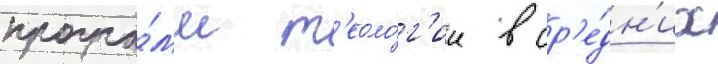
програ́мм т'еоло́г'ии в ср'е́дн'их